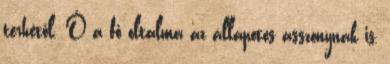
terhétől. Ő a fő oltalma az állapotos asszonynak is,